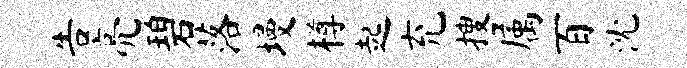
告亮碧落墁樽起充搜属百沈